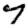
Digit: 7